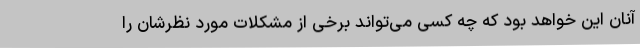
آنان این خواهد بود که چه کسی می‌تواند برخی از مشکلات مورد نظرشان را